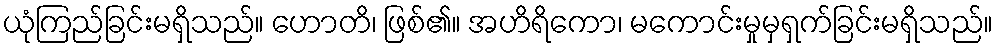
ယုံကြည်ခြင်းမရှိသည်။ ဟောတိ၊ ဖြစ်၏။ အဟိရိကော၊ မကောင်းမှုမှရှက်ခြင်းမရှိသည်။